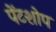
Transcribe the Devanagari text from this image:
पेंटशोप